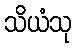
သိယံသု